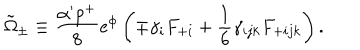
LaTeX: \tilde { \Omega } _ { \pm } \equiv { \frac { \alpha ^ { \prime } p ^ { + } } { 8 } } e ^ { \phi } \left( \mp \gamma _ { i } F _ { + i } + { \frac { 1 } { 6 } } \gamma _ { i j k } F _ { + i j k } \right) .